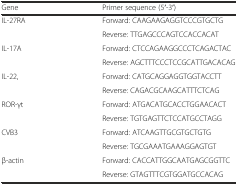
<table><thead><tr><td><b>Gene</b></td><td><b>Primer sequence (5′-3′)</b></td></tr></thead><tbody><tr><td>IL-27RA</td><td>Forward: CAAGAAGAGGTCCCGTGCTG</td></tr><tr><td></td><td>Reverse: TTGAGCCCAGTCCACCACAT</td></tr><tr><td>IL-17A</td><td>Forward: CTCCAGAAGGCCCTCAGACTAC</td></tr><tr><td></td><td>Reverse: AGCTTTCCCTCCGCATTGACACAG</td></tr><tr><td>IL-22,</td><td>Forward: CATGCAGGAGGTGGTACCTT</td></tr><tr><td></td><td>Reverse: CAGACGCAAGCATTTCTCAG</td></tr><tr><td>ROR-γt</td><td>Forward: ATGACATGCACCTGGAACACT</td></tr><tr><td></td><td>Reverse: TGTGAGTTCTCCATGCCTAGG</td></tr><tr><td>CVB3</td><td>Forward: ATCAAGTTGCGTGCTGTG</td></tr><tr><td></td><td>Reverse: TGCGAAATGAAAGGAGTGT</td></tr><tr><td>β-actin</td><td>Forward: CACCATTGGCAATGAGCGGTTC</td></tr><tr><td></td><td>Reverse: GTAGTTTCGTGGATGCCACAG</td></tr></tbody></table>